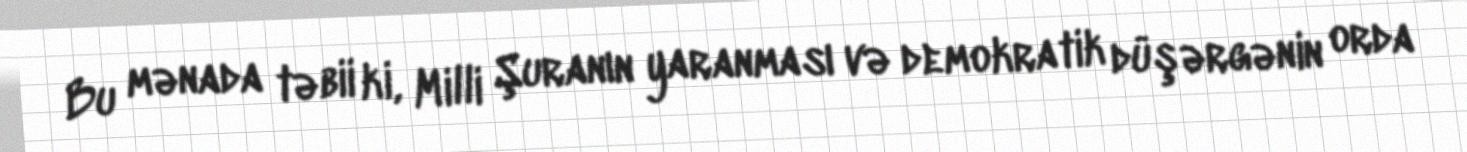
Bu mənada təbii ki, Milli Şuranın yaranması və demokratik düşərgənin orda